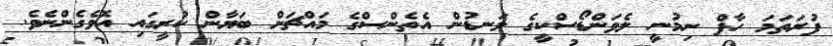
ފުރަތަމަ ހާފް ނިމުނީ ލެވަންޑޯސްކީގެ ލަނޑުން އެތެންސްގެ މައްޗަށް ބަޔާން ކުރީގައި އޮވެގެންނެވެ.